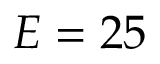
E = 2 5